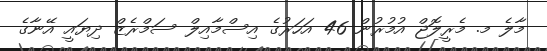
މާލެ މ. މެރީލޮޖް އުމުރުން 46 އަހަރުގެ އިސްމާއިލް ސަމްރެޒް ދިޔައީ އޭނާގެ